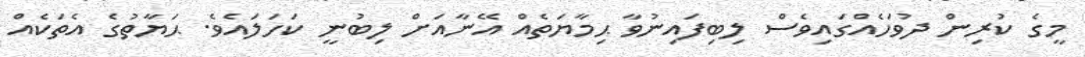
މީގެ ކުރިން ދުވަހެއްގައިވެސް ލިބިފައިނުވާ ޙިމާޔަތެއް އޭނާއަށް ލިބުނީ ކަހަލައެވެ. ޙަޔާތުގެ އެތަކެއް